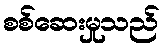
စစ်ဆေးမှုသည်